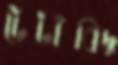
টেটাঁবিদ্ধ